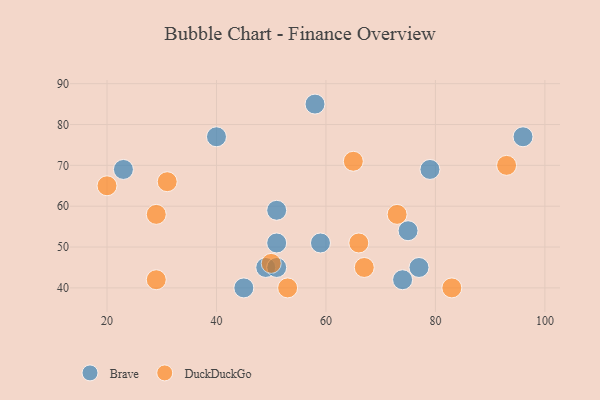
{"axis": {"x": "GDP", "y": "Life Expectancy"}, "legend": ["Brave", "DuckDuckGo"], "data": [{"x": "51", "y": 59, "type": "Brave"}, {"x": "51", "y": 51, "type": "Brave"}, {"x": "58", "y": 85, "type": "Brave"}, {"x": "75", "y": 54, "type": "Brave"}, {"x": "59", "y": 51, "type": "Brave"}, {"x": "74", "y": 42, "type": "Brave"}, {"x": "96", "y": 77, "type": "Brave"}, {"x": "40", "y": 77, "type": "Brave"}, {"x": "49", "y": 45, "type": "Brave"}, {"x": "23", "y": 69, "type": "Brave"}, {"x": "45", "y": 40, "type": "Brave"}, {"x": "79", "y": 69, "type": "Brave"}, {"x": "51", "y": 45, "type": "Brave"}, {"x": "77", "y": 45, "type": "Brave"}, {"x": "53", "y": 40, "type": "DuckDuckGo"}, {"x": "65", "y": 71, "type": "DuckDuckGo"}, {"x": "50", "y": 46, "type": "DuckDuckGo"}, {"x": "83", "y": 40, "type": "DuckDuckGo"}, {"x": "31", "y": 66, "type": "DuckDuckGo"}, {"x": "20", "y": 65, "type": "DuckDuckGo"}, {"x": "29", "y": 58, "type": "DuckDuckGo"}, {"x": "93", "y": 70, "type": "DuckDuckGo"}, {"x": "29", "y": 42, "type": "DuckDuckGo"}, {"x": "67", "y": 45, "type": "DuckDuckGo"}, {"x": "66", "y": 51, "type": "DuckDuckGo"}, {"x": "73", "y": 58, "type": "DuckDuckGo"}]}